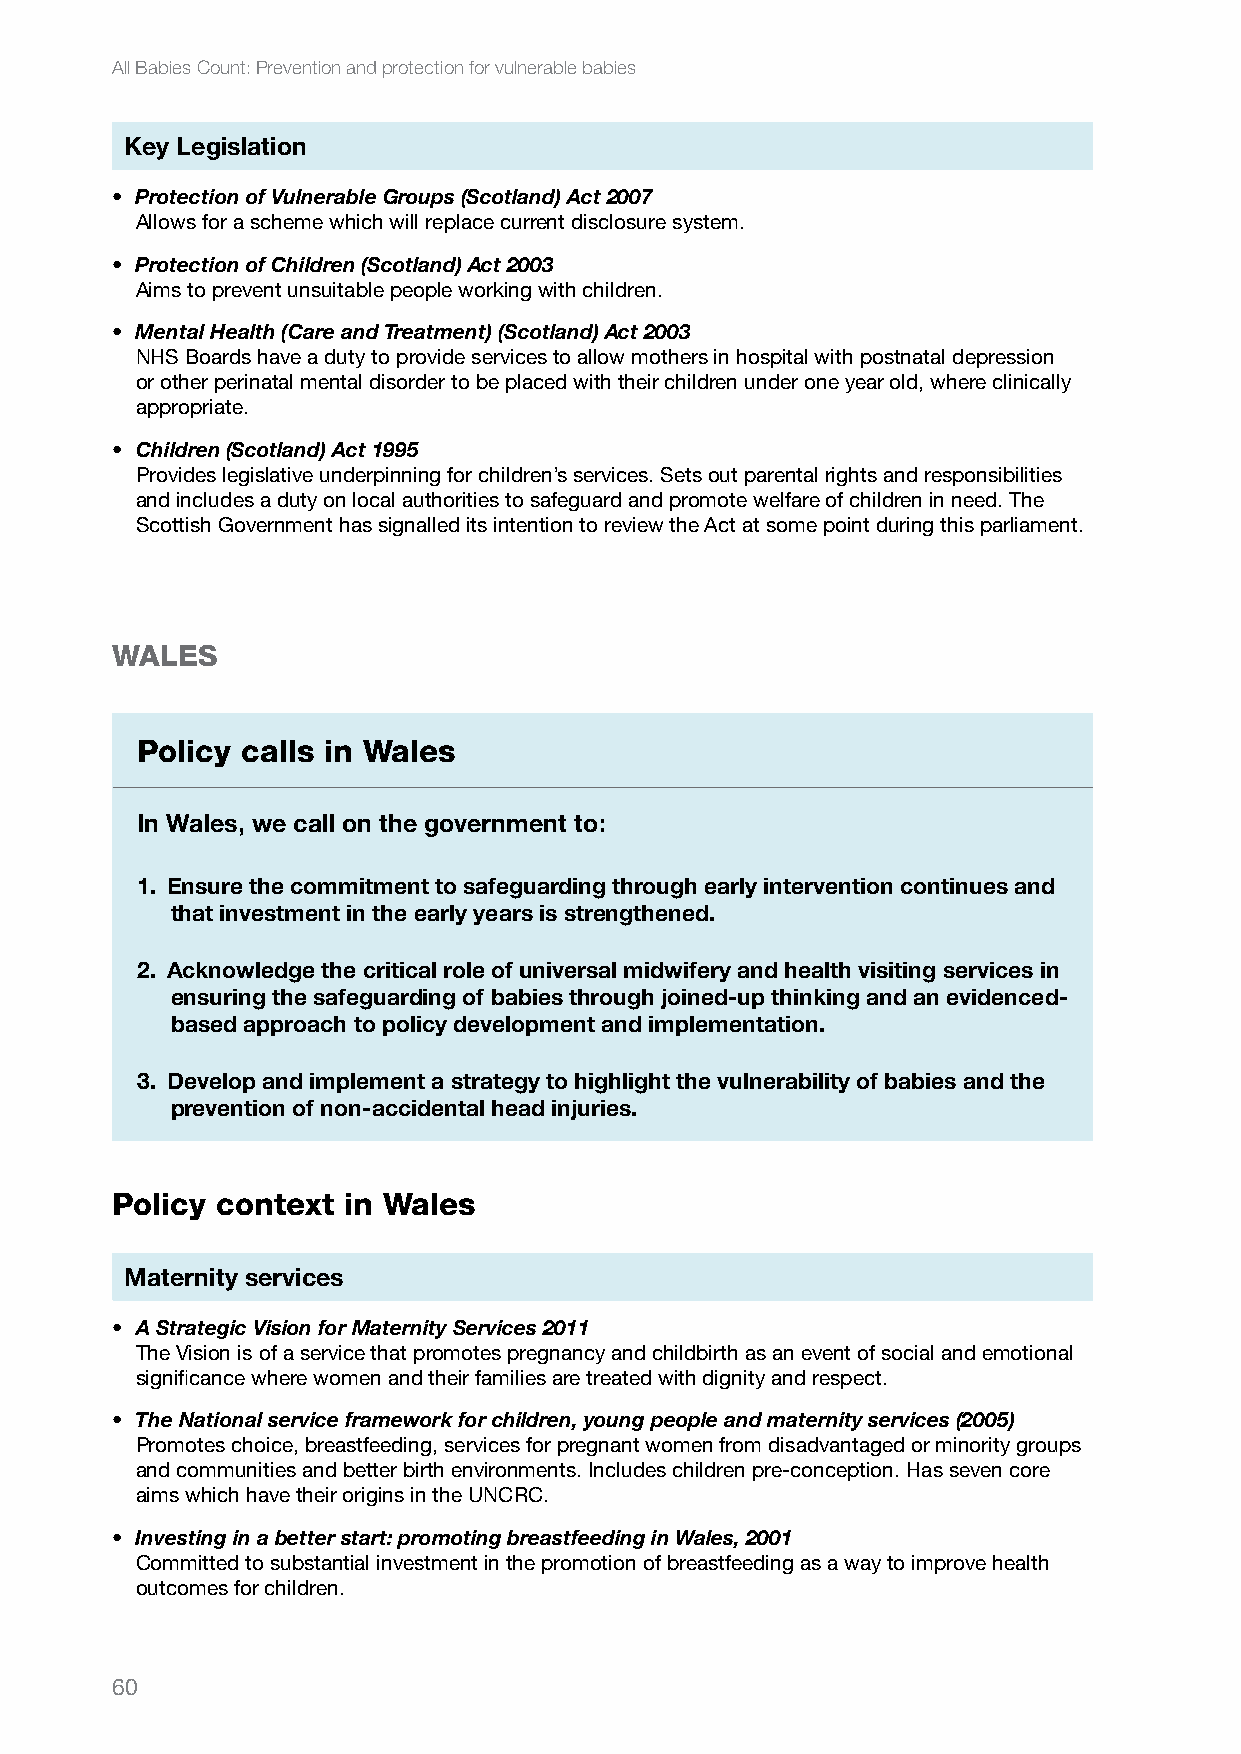
All Babies Count: Prevention and protection for vulnerable babies
 Key Legislation
 • Protection of Vulnerable Groups (Scotland) Act 2007
 Allows for a scheme which will replace current disclosure system.
 • Protection of Children (Scotland) Act 2003
 Aims to prevent unsuitable people working with children.
 • Mental Health (Care and Treatment) (Scotland) Act 2003
 NHS Boards have a duty to provide services to allow mothers in hospital with postnatal depression
 or other perinatal mental disorder to be placed with their children under one year old, where clinically
 appropriate.
 • Children (Scotland) Act 1995
 Provides legislative underpinning for children’s services. Sets out parental rights and responsibilities
 and includes a duty on local authorities to safeguard and promote welfare of children in need. The
 Scottish Government has signalled its intention to review the Act at some point during this parliament.
 WALES
 Policy calls in Wales
 In Wales, we call on the government to:
 1. Ensure the commitment to safeguarding through early intervention continues and
 that investment in the early years is strengthened.
 2. Acknowledge the critical role of universal midwifery and health visiting services in
 ensuring the safeguarding of babies through joined-up thinking and an evidenced-
 based approach to policy development and implementation.
 3. Develop and implement a strategy to highlight the vulnerability of babies and the
 prevention of non-accidental head injuries.
 Policy context  in Wales
 Maternity services
 • A Strategic Vision for Maternity Services 2011
 The Vision is of a service that promotes pregnancy and childbirth as an event of social and emotional
 significance where women and their families are treated with dignity and respect.
 • The National service framework for children, young people and maternity services (2005)
 Promotes choice, breastfeeding, services for pregnant women from disadvantaged or minority groups
 and communities and better birth environments. Includes children pre-conception. Has seven core
 aims which have their origins in the UNCRC.
 • Investing in a better start: promoting breastfeeding in Wales, 2001
 Committed to substantial investment in the promotion of breastfeeding as a way to improve health
 outcomes for children.
 60